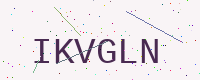
Text: IKVGLN